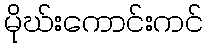
မိုဃ်းကောင်းကင်